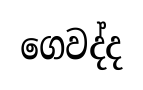
ගෙවද්ද